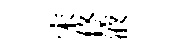
宋佟液